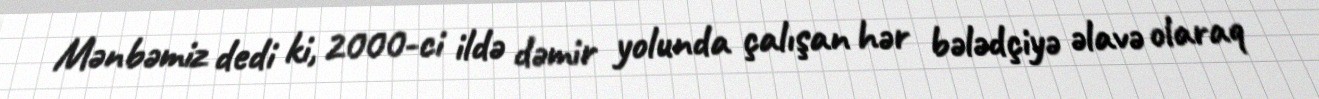
Mənbəmiz dedi ki, 2000-ci ildə dəmir yolunda çalışan hər bələdçiyə əlavə olaraq